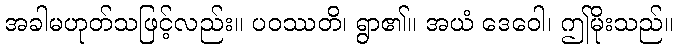
အခါမဟုတ်သဖြင့်လည်း။ ပဝဿတိ၊ ရွာ၏။ အယံ ဒေဝေါ၊ ဤမိုးသည်။